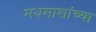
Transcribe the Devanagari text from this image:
मधमाशांच्या